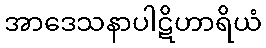
အာဒေသနာပါဋိဟာရိယံ